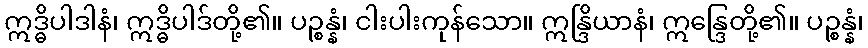
ဣဒ္ဓိပါဒါနံ၊ ဣဒ္ဓိပါဒ်တို့၏။ ပဉ္စန္နံ၊ ငါးပါးကုန်သော။ ဣန္ဒြိယာနံ၊ ဣန္ဒြေတို့၏။ ပဉ္စန္နံ၊